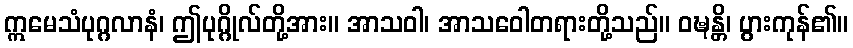
ဣမေသံပုဂ္ဂလာနံ၊ ဤပုဂ္ဂိုလ်တို့အား။ အာသဝါ၊ အာသဝေါတရားတို့သည်။ ဝဍ္ဎန္တိ၊ ပွားကုန်၏။